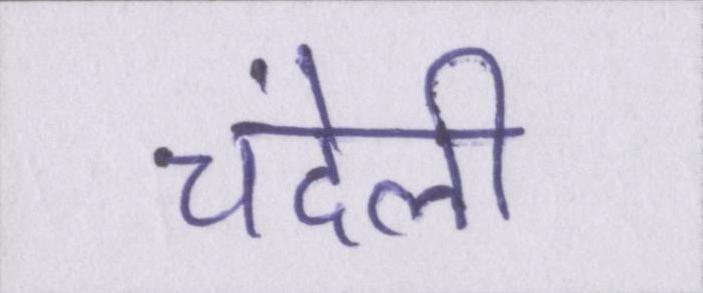
चंदेली